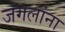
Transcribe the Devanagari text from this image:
जंगलांना